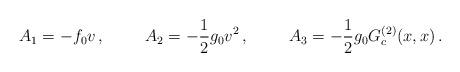
LaTeX: \begin{align*}A_1 = - f_0 v \,, \hspace{1cm}A_2 = - \frac{1}{2} g_0 v^2 \,, \hspace{1cm}A_3 = - \frac{1}{2} g_0 G_c^{(2)} (x,x) \,.\end{align*}